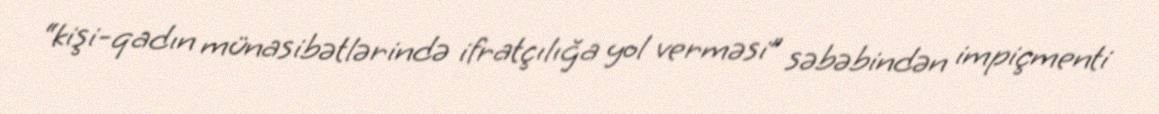
“kişi-qadın münasibətlərində ifratçılığa yol verməsi” səbəbindən impiçmenti